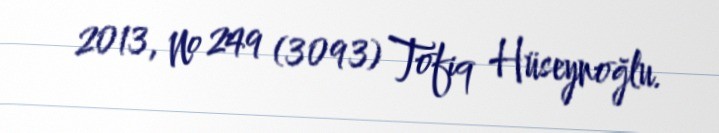
2013, № 249 (3093) Tofiq Hüseynoğlu.